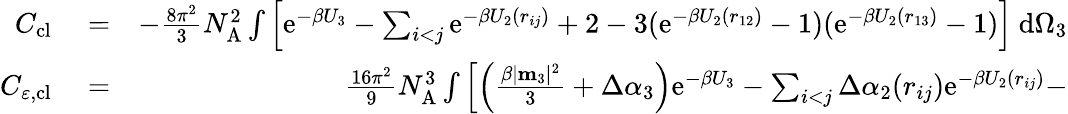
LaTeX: \begin{array}{rlr}{C_{\mathrm{cl}}}&{{}=}&{-\frac{8\pi^{2}}{3}N_{\mathrm{A}}^{2}\int\left[\mathrm{e}^{-\beta U_{3}}-\sum_{i<j}\mathrm{e}^{-\beta U_{2}(r_{ij})}+2-3(\mathrm{e}^{-\beta U_{2}(r_{12})}-1)(\mathrm{e}^{-\beta U_{2}(r_{13})}-1)\right]~\mathrm{d}\Omega_{3}}\\ {C_{\varepsilon,\mathrm{cl}}}&{{}=}&{\frac{16\pi^{2}}{9}N_{\mathrm{A}}^{3}\int\left[\left(\frac{\beta|\mathbf{m}_{3}|^{2}}{3}+\Delta\alpha_{3}\right)\mathrm{e}^{-\beta U_{3}}-\sum_{i<j}\Delta\alpha_{2}(r_{ij})\mathrm{e}^{-\beta U_{2}(r_{ij})}-\right.}\end{array}